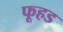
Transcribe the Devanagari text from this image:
फूहड